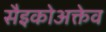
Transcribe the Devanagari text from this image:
सैइकोअक्तेव